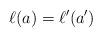
LaTeX: \begin{align*}\ell(a)=\ell'(a')\end{align*}